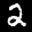
Label: 2